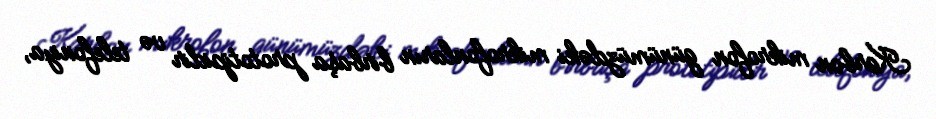
Karbon mikrofon günümüzdəki mikrofonların birbaşa prototipidir və telefoniya,